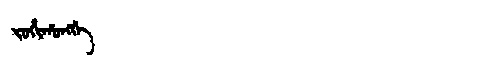
Manchu: ᠵᠣᡥᡳᡥᠣᠩᡤᡝ
Romanization: JOHIHONGGE